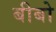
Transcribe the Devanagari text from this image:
बीबो